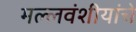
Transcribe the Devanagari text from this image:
मल्लवंशीयांचे